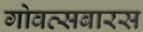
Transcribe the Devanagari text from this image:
गोवत्सबारस